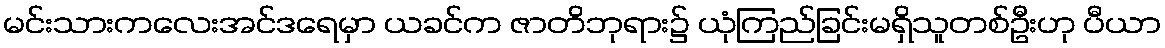
မင်းသားကလေးအင်ဒရေမှာ ယခင်က ဇာတိဘုရား၌ ယုံကြည်ခြင်းမရှိသူတစ်ဦးဟု ပီယာ